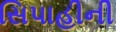
સિપાહીની